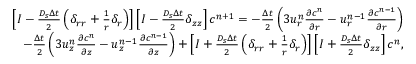
\begin{array} { r } { \left[ I - \frac { D _ { s } \Delta t } { 2 } \left( \delta _ { r r } + \frac { 1 } { r } \delta _ { r } \right) \right] \left[ I - \frac { D _ { s } \Delta t } { 2 } \delta _ { z z } \right] c ^ { n + 1 } = - \frac { \Delta t } { 2 } \left( 3 u _ { r } ^ { n } \frac { \partial c ^ { n } } { \partial r } - u _ { r } ^ { n - 1 } \frac { \partial c ^ { n - 1 } } { \partial r } \right) } \\ { - \frac { \Delta t } { 2 } \left( 3 u _ { z } ^ { n } \frac { \partial c ^ { n } } { \partial z } - u _ { z } ^ { n - 1 } \frac { \partial c ^ { n - 1 } } { \partial z } \right) + \left[ I + \frac { D _ { s } \Delta t } { 2 } \left( \delta _ { r r } + \frac { 1 } { r } \delta _ { r } \right) \right] \left[ I + \frac { D _ { s } \Delta t } { 2 } \delta _ { z z } \right] c ^ { n } , } \end{array}